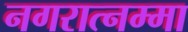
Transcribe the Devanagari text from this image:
नगरात्नम्मा